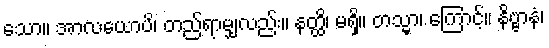
သော။ အာလယောပိ၊ တည်ရာမျှလည်း။ နတ္ထိ၊ မရှိ။ တသ္မာ၊ ကြောင့်။ နိဗ္ဗာနံ၊